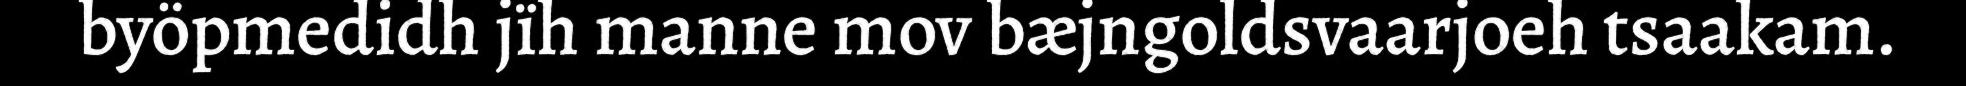
byöpmedidh jïh manne mov bæjngoldsvaarjoeh tsaakam.